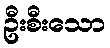
ဦးစီးသော